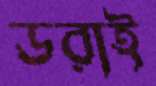
ডরাই